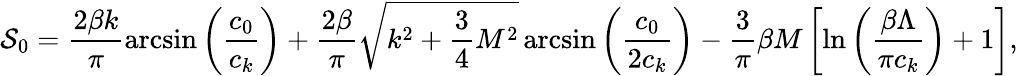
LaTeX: {\cal S}_{0}=\frac{2\beta k}{\pi}\arcsin{\left(\frac{c_{0}}{c_{k}}\right)}+\frac{2\beta}{\pi}\sqrt{k^{2}+\frac{3}{4}M^{2}}\arcsin{\left(\frac{c_{0}}{2c_{k}}\right)}-\frac{3}{\pi}\beta M\left[\ln{\left(\frac{\beta\Lambda}{\pi c_{k}}\right)}+1\right],